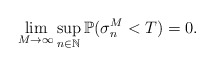
\begin{align*}\lim_{M\rightarrow\infty}\sup_{n\in \mathbb{N}} \mathbb{P}(\sigma_{n}^M <T) =0 .\end{align*}